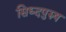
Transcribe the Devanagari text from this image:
सिध्दपुरुष